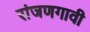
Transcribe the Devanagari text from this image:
रांजणगावी